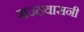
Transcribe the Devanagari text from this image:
मज्दयासनी